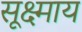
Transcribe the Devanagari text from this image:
सूक्ष्माय